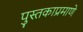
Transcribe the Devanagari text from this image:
पुस्तकाप्रमाणे